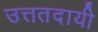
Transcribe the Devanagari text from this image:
उत्ततदायी